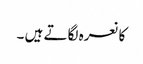
کا نعرہ لگاتے ہیں ۔